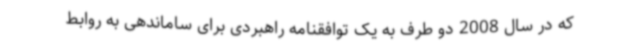
که در سال 2008 دو طرف به یک توافقنامه راهبردی برای ساماندهی به روابط